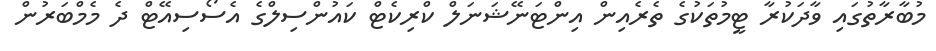
މުބާރާތުގައި ވާދަކުރާ ޓީމުތަކުގެ ތެރެއިން އިންޓަނޭޝަނަލް ކްރިކެޓް ކައުންސިލްގެ އެސޯސިއޭޓް ދެ މެމްބަރުން